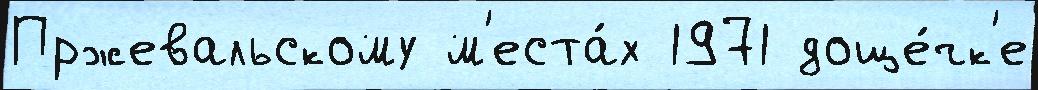
Пржевальскому м'еста́х 1971 доще́чк'е